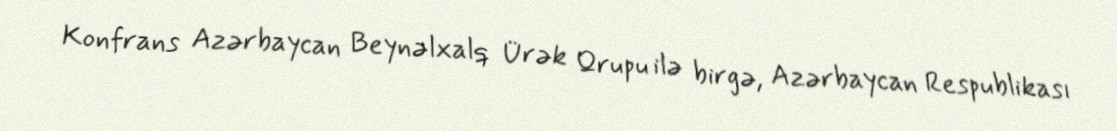
Konfrans Azərbaycan Beynəlxalq Ürək Qrupu ilə birgə, Azərbaycan Respublikası